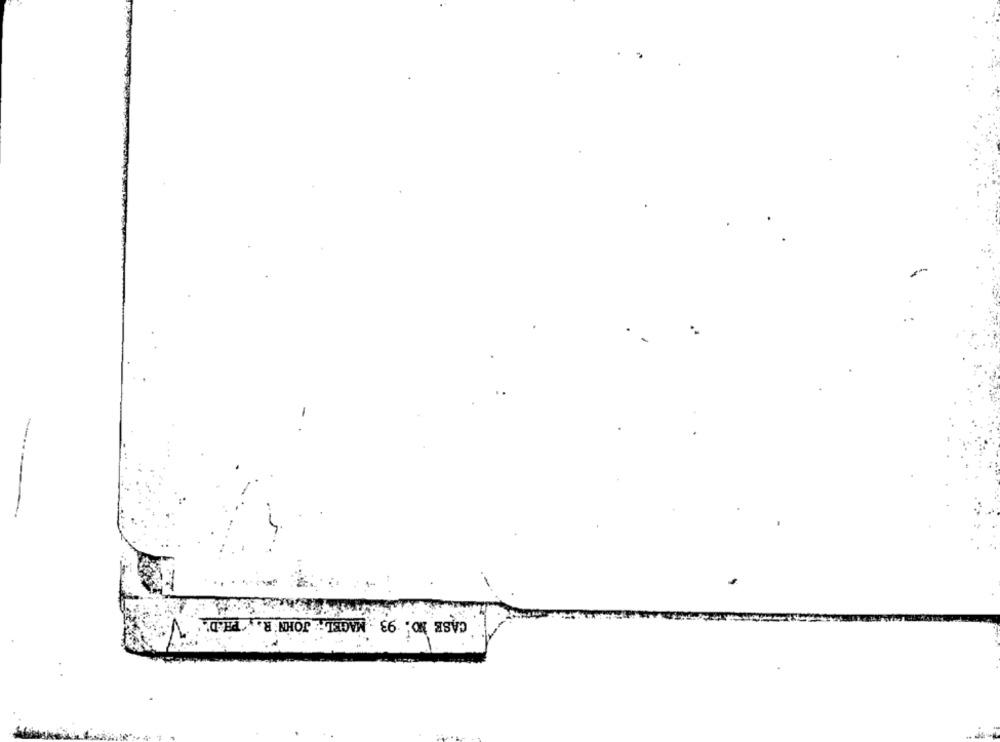
.
CASE NO. 93 MAGEL. JOHN R ., PH.D.V.